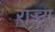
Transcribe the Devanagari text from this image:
राज्ज्य